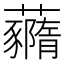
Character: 𧄙